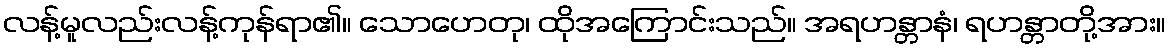
လန့်မူလည်းလန့်ကုန်ရာ၏။ သောဟေတု၊ ထိုအကြောင်းသည်။ အရဟန္တာနံ၊ ရဟန္တာတို့အား။